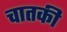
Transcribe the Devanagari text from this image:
चातकी